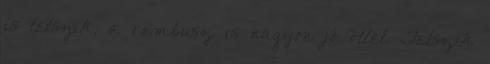
is tetszik, a rombusz is nagyon jó ötlet. Tetszik